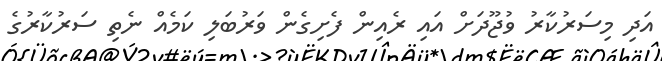
އަދި މިސަރުކާރު ވުޖޫދަށް އައި ރެއިން ފެށިގެން ވަރުބަލި ކަމެއް ނެތި ސަރުކާރުގެ